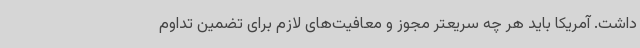
داشت. آمریکا باید هر چه سریعتر مجوز و معافیت‌های لازم برای تضمین تداوم